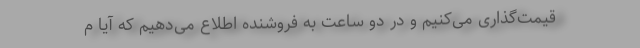
قیمت‌گذاری می‌کنیم و در دو ساعت به فروشنده اطلاع می‌دهیم که آیا م